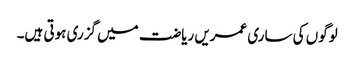
لوگوں کی ساری عمریں ریاضت میں گزری ہوتی ہیں۔